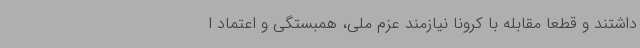
داشتند و قطعا مقابله با کرونا نیازمند عزم ملی، همبستگی و اعتماد ا